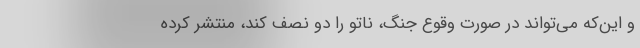
و این‌که می‌تواند در صورت وقوع جنگ، ناتو را دو نصف کند، منتشر کرده